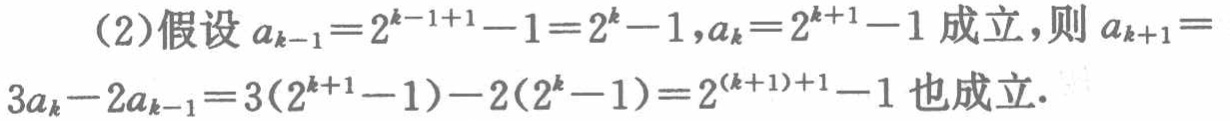
（2）假设 \(a_{k - 1}=2^{k - 1 + 1}-1 = 2^{k}-1,a_{k}=2^{k + 1}-1\) 成立，则 \(a_{k + 1}=3a_{k}-2a_{k - 1}=3(2^{k + 1}-1)-2(2^{k}-1)=2^{(k + 1)+1}-1\) 也成立.